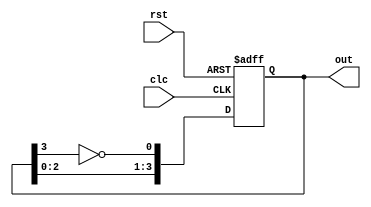
`timescale 1ns / 1ps


module twisted_ringcounter(out,clc,rst);
output reg [3:0]out;
input clc,rst;
always@(posedge clc or posedge rst)
begin
if (rst)
out=4'b0000;
else
begin
        out[3]<=out[2];
  		out[2]<=out[1];
  		out[1]<=out[0];
   		out[0]<=(~out[3]);
   		end
   end		
endmodule